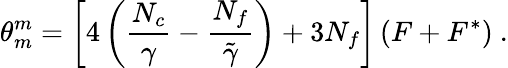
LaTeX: \theta_{m}^{m}=\left[4\left(\frac{N_{c}}{\gamma}-\frac{N_{f}}{\tilde{\gamma}}\right)+3N_{f}\right]\left(F+F^{*}\right)\ .